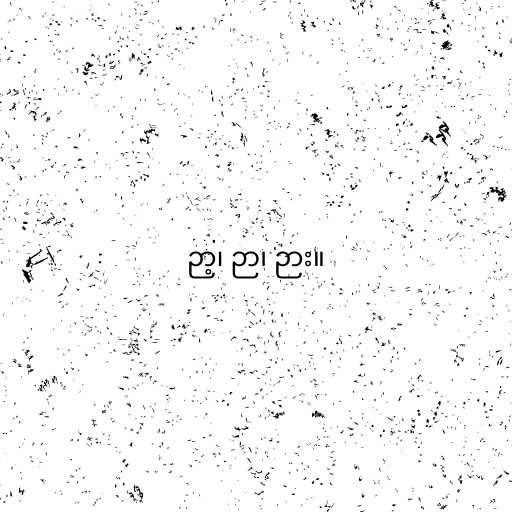
ဉာ့၊ ဉာ၊ ဉား။